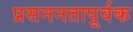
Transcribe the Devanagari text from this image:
प्रसननतापूर्वक